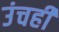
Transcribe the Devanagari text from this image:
उंचही